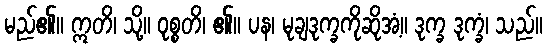
မည်၏။ ဣတိ၊ သို့။ ဝုစ္စတိ၊ ၏။ ပန၊ မုချဒုက္ခကိုဆိုအံ့။ ဒုက္ခ ဒုက္ခံ၊ သည်။